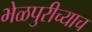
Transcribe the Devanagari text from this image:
भेळपुरीच्याच